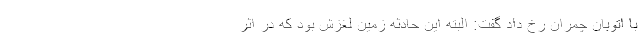
با اتوبان چمران رخ داد گفت: البته این حادثه زمین لغزش بود که در اثر